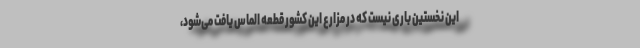
این نخستین باری نیست که در مزارع این کشور قطعه الماس یافت می‌شود،